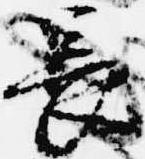
長